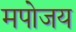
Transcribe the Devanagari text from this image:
मपोजय